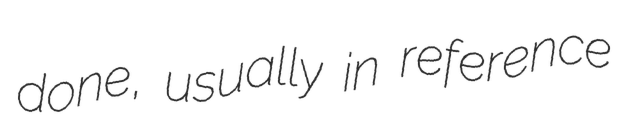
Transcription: done, usually in reference